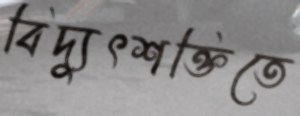
বিদ্যুৎশক্তিতে